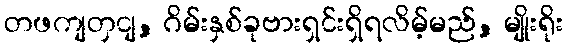
တဖကျတှငျ, ဂိမ်းနှစ်ခုဗားရှင်းရှိရလိမ့်မည်, မျိုးရိုး